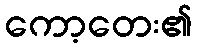
ကော့တေး၏